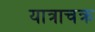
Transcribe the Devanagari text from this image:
यात्राचक्र